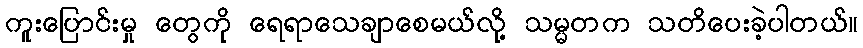
ကူးပြောင်းမှု တွေကို ရေရာသေချာစေမယ်လို့ သမ္မတက သတိပေးခဲ့ပါတယ်။